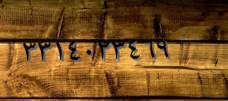
٣٣١٤٠٢٣٤٦٩